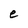
Character: e